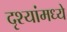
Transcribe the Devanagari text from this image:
दृश्यांमध्ये